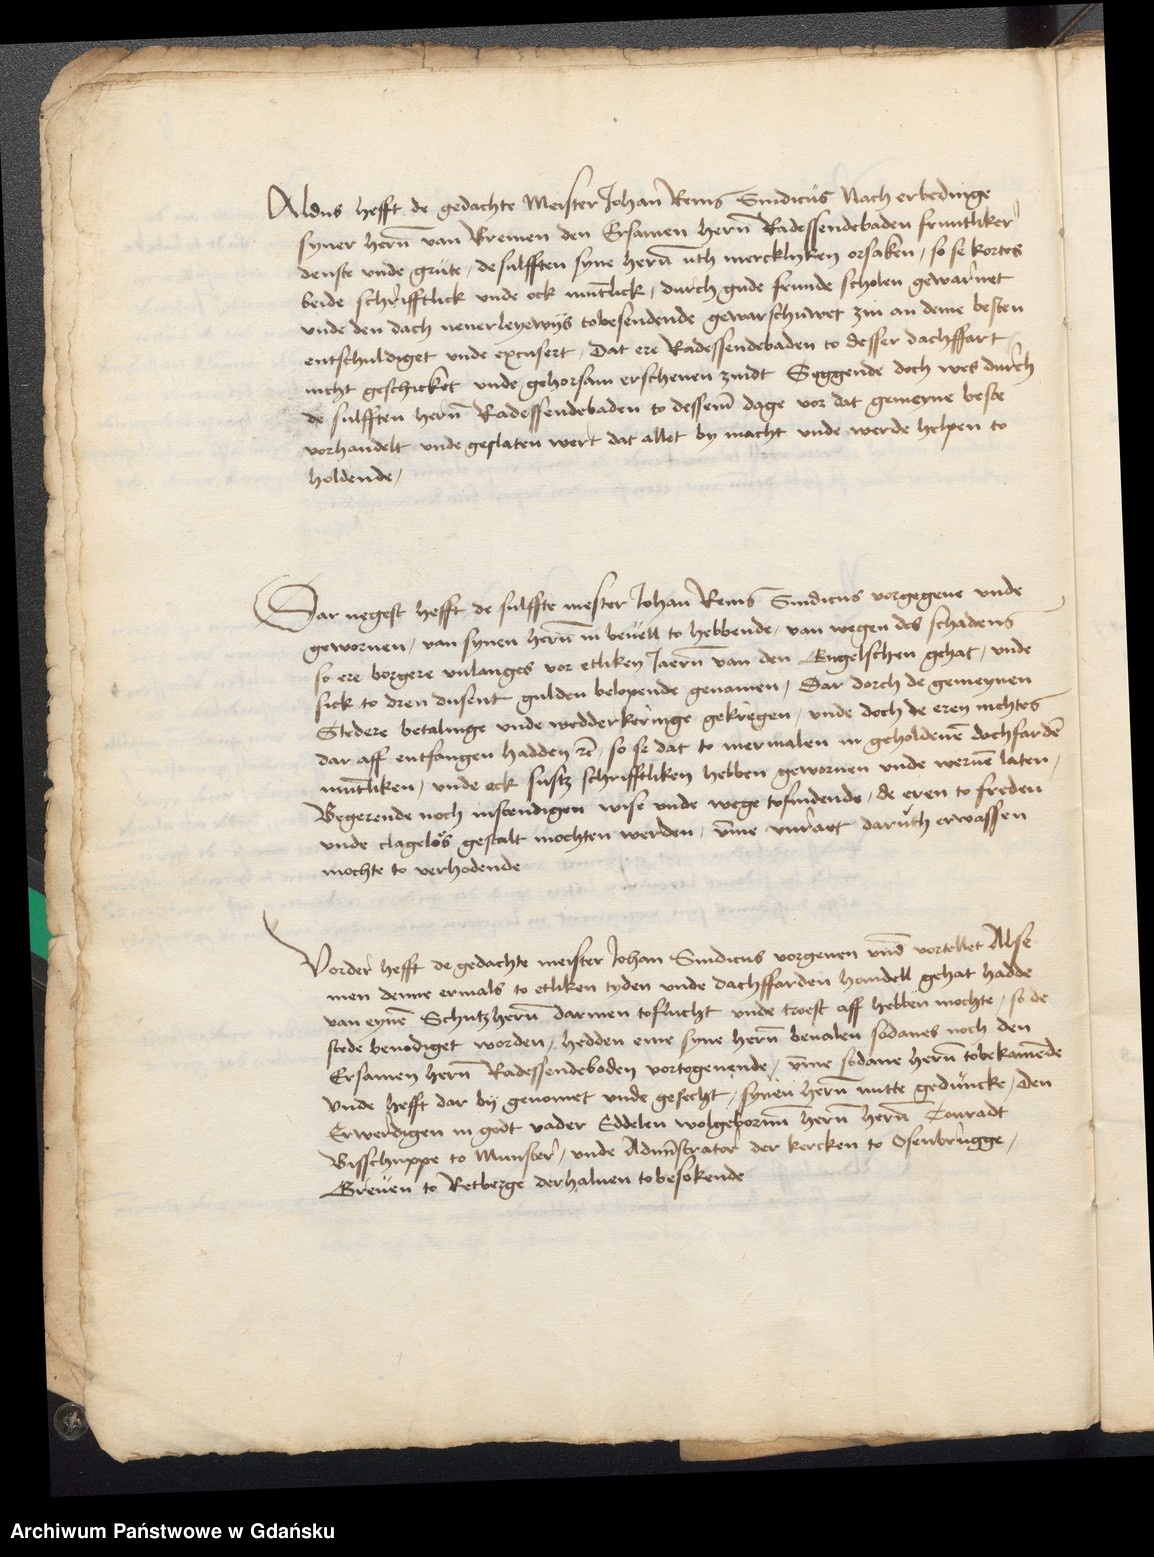
Aldus hefft de gedachte Meister Johan Renis Sindicus Nach erledinge
syner heren van Bremen den Ersamen hern Radessendebaden fruntliker
denste vnde grute, de sulfften syne hern uth merckleyten orsaken, so se kortes
beide schrifftlick vnde ock muntlick, durch gude frunde scholen gewarnet
vnde den dach nenerleyewys tobesendende gewarschuwet zin an deme besten
entschuldiget vnde excusert, dat ere Radessendebaden to desser dachffart
nicht geschicket vnde gehorsam erschenen zindt Seggende doch wes durch
de sulfften heren Radessendebaden to desseme dage vor dat gemeyne beste
vorhandelt vnde geslaten wert dat allet by macht vnde werde helpen to
holdende.

Dar negest hefft de sulffte mester Johan Renis Sindicus vorgegeue vnde
geworuen, van synen heren in beuell to hebbende, van wegen des schadens
so ere borgere vnlanges vor etliken Jaern van den Engelschen gehat, vnde
sick to dren dusent gulden belopende genamen, Dar dorch de gemeynen
Stedere betalinge vnde wedderkeringe gekregen, vnde doch de eren nichtes
dar aff entfangen hadden etcetera so se dat to mermalen in geholdenen dachfarden
muntliken, vnde ock sustz schrifftliken hebben geworuen vnde weruen laten
Begerende noch instendigen wise vnde wege tofindende, de eren to freden
vnde clagelos gestalt mochten werden, vmme vnraet daruth erwassen
mochte to verhodende.

Vorder hefft de gedachte meister Johan Sindicus vorgeuen vnde vortellet Alse
men denne ermals to etliken tyden vnde dachffarden handell gehat hadde
van eynen Schutzheren darmen toflucht vnde troest aff hebben mochte, so de
stede benodiget worden, hedden eme syne heren beualen sodanes noch den
Ersamen hern Radessendeboden vortogeuende, vmme sodane heren tobekamende
vnde hefft dar by genomet vnde gesecht, synen heren nutte geduncke, den
Erwerdigen in godt vader Eddelen wolgeborenn heren heren Conradt
Bisschuppe to Munster, vnde Adminstrator der kercken to Osenbrugge,
Greuen to Retberge derhaluen tobesokende.